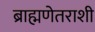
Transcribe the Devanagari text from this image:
ब्राह्मणेतराशी